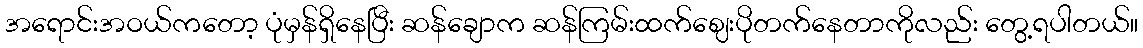
အရောင်းအဝယ်ကတော့ ပုံမှန်ရှိနေပြီး ဆန်ချောက ဆန်ကြမ်းထက်ဈေးပိုတက်နေတာကိုလည်း တွေ့ရပါတယ်။